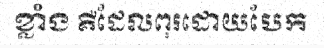
ខ្លាំង គឺដែលពុរដោយបែក